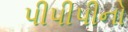
પીપીપીનો